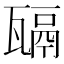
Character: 𤮄